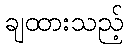
ချထားသည့်